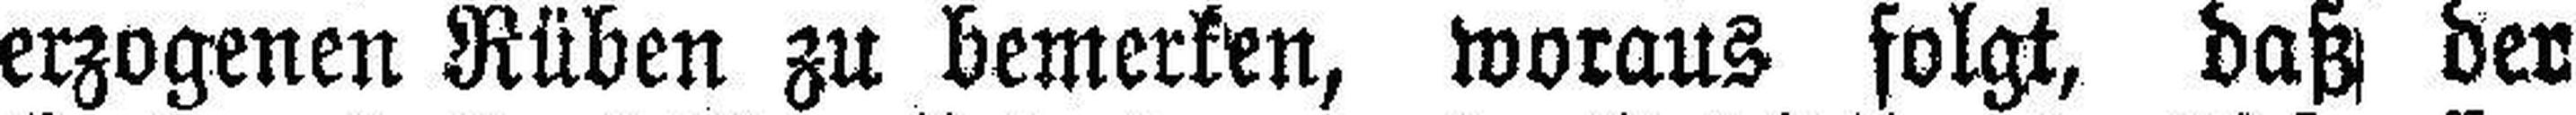
erzogenen Rüben zu bemerken, woraus folgt, daß der